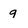
Character: q